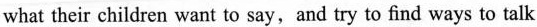
what their children want to say, and try to find ways to talk